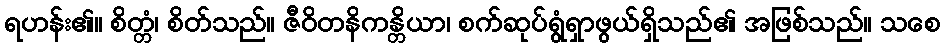
ရဟန်း၏။ စိတ္တံ၊ စိတ်သည်။ ဇီဝိတနိကန္တိယာ၊ စက်ဆုပ်ရွံရှာဖွယ်ရှိသည်၏ အဖြစ်သည်။ သစေ